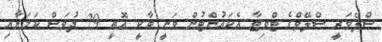
ސްލޭވަރީ ސްލޭވްގެ ޓްވިޓާ އެކައުންޓުން ވަނީ ބާކީ އޮތީ 29 ދުވަސް ކަމަށާއި